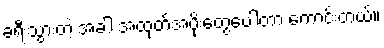
ခရီးသွားတဲ့ အခါ အထုတ်အပိုးတွေပေါ့တာ ကောင်းတယ်။